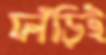
ফাঁড়িই